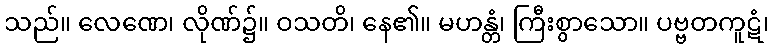
သည်။ လေဏေ၊ လိုဏ်၌။ ဝသတိ၊ နေ၏။ မဟန္တံ၊ ကြီးစွာသော။ ပဗ္ဗတကူဋံ၊